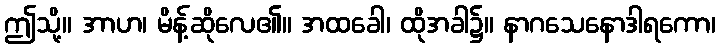
ဤသို့။ အာဟ၊ မိန့်ဆိုလေ၏။ အထခေါ၊ ထိုအခါ၌။ နာဂသေနောဒါရကော၊